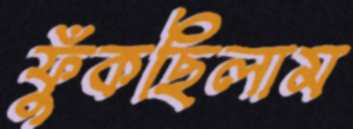
ফুঁকছিলাম